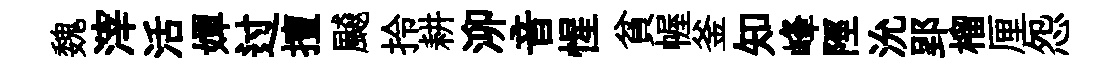
魏滓活嬋过擅飇拎耕泖音惺貧幄釜知峰陘沇郢榴厘怨